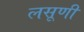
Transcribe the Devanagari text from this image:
लसूणी